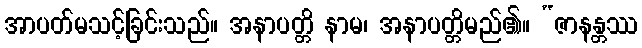
အာပတ်မသင့်ခြင်းသည်။ အနာပတ္တိ နာမ၊ အနာပတ္တိမည်၏။ “ဇာနန္တဿ